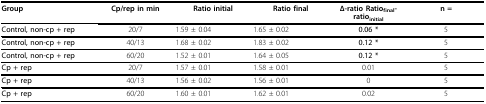
<table><thead><tr><td><b>Group</b></td><td><b>Cp/rep in min</b></td><td><b>Ratio initial</b></td><td><b>Ratio final</b></td><td><b>Δ-ratio Ratio<sub>final</sub>-ratio<sub>initial</sub></b></td><td><b>n =</b></td></tr></thead><tbody><tr><td><b>Control, non-cp + rep</b></td><td>20/7</td><td>1.59 ± 0.04</td><td>1.65 ± 0.02</td><td><b>0.06 *</b></td><td>5</td></tr><tr><td><b>Control, non-cp + rep</b></td><td>40/13</td><td>1.68 ± 0.02</td><td>1.83 ± 0.02</td><td><b>0.12 *</b></td><td>5</td></tr><tr><td><b>Control, non-cp + rep</b></td><td>60/20</td><td>1.52 ± 0.01</td><td>1.64 ± 0.05</td><td><b>0.12 *</b></td><td>5</td></tr><tr><td><b>Cp + rep</b></td><td>20/7</td><td>1.57 ± 0.01</td><td>1.58 ± 0.01</td><td>0.01</td><td>5</td></tr><tr><td><b>Cp + rep</b></td><td>40/13</td><td>1.56 ± 0.02</td><td>1.56 ± 0.01</td><td>0</td><td>5</td></tr><tr><td><b>Cp + rep</b></td><td>60/20</td><td>1.60 ± 0.01</td><td>1.62 ± 0.01</td><td>0.02</td><td>5</td></tr></tbody></table>